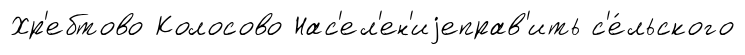
Хр'ебтово Колосово Нас'ел'ен'иjеправ'ить с'е́льского